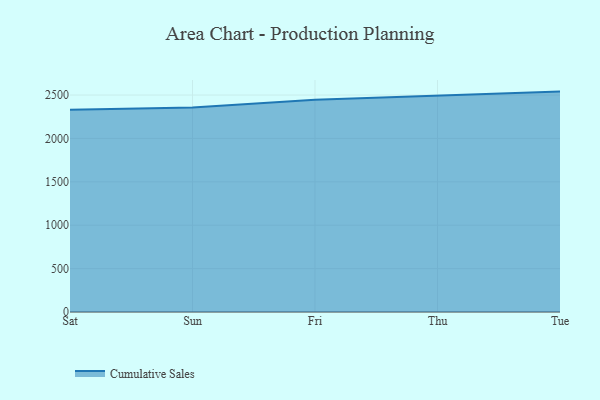
{"axis": {"x": "Day", "y": "Budget (USD K)"}, "legend": ["Cumulative Sales"], "data": [{"x": "Sat", "y": 2330.4, "type": "Cumulative Sales"}, {"x": "Sun", "y": 2356.8, "type": "Cumulative Sales"}, {"x": "Fri", "y": 2444.6, "type": "Cumulative Sales"}, {"x": "Thu", "y": 2494.0, "type": "Cumulative Sales"}, {"x": "Tue", "y": 2539.7, "type": "Cumulative Sales"}]}